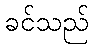
ခင်သည်